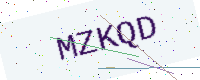
Text: MZKQD